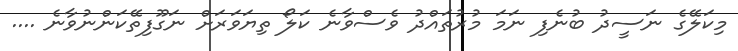
މިކަލޭގެ ނަސީދު ބުނެފި ނަމަ މުރުތައްދު ވެސްވާނެ ކަލޯ ތިޔަވަރަށް ނަގޫފިތޭކަންނުވާނެ ....